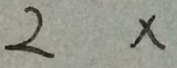
2 x